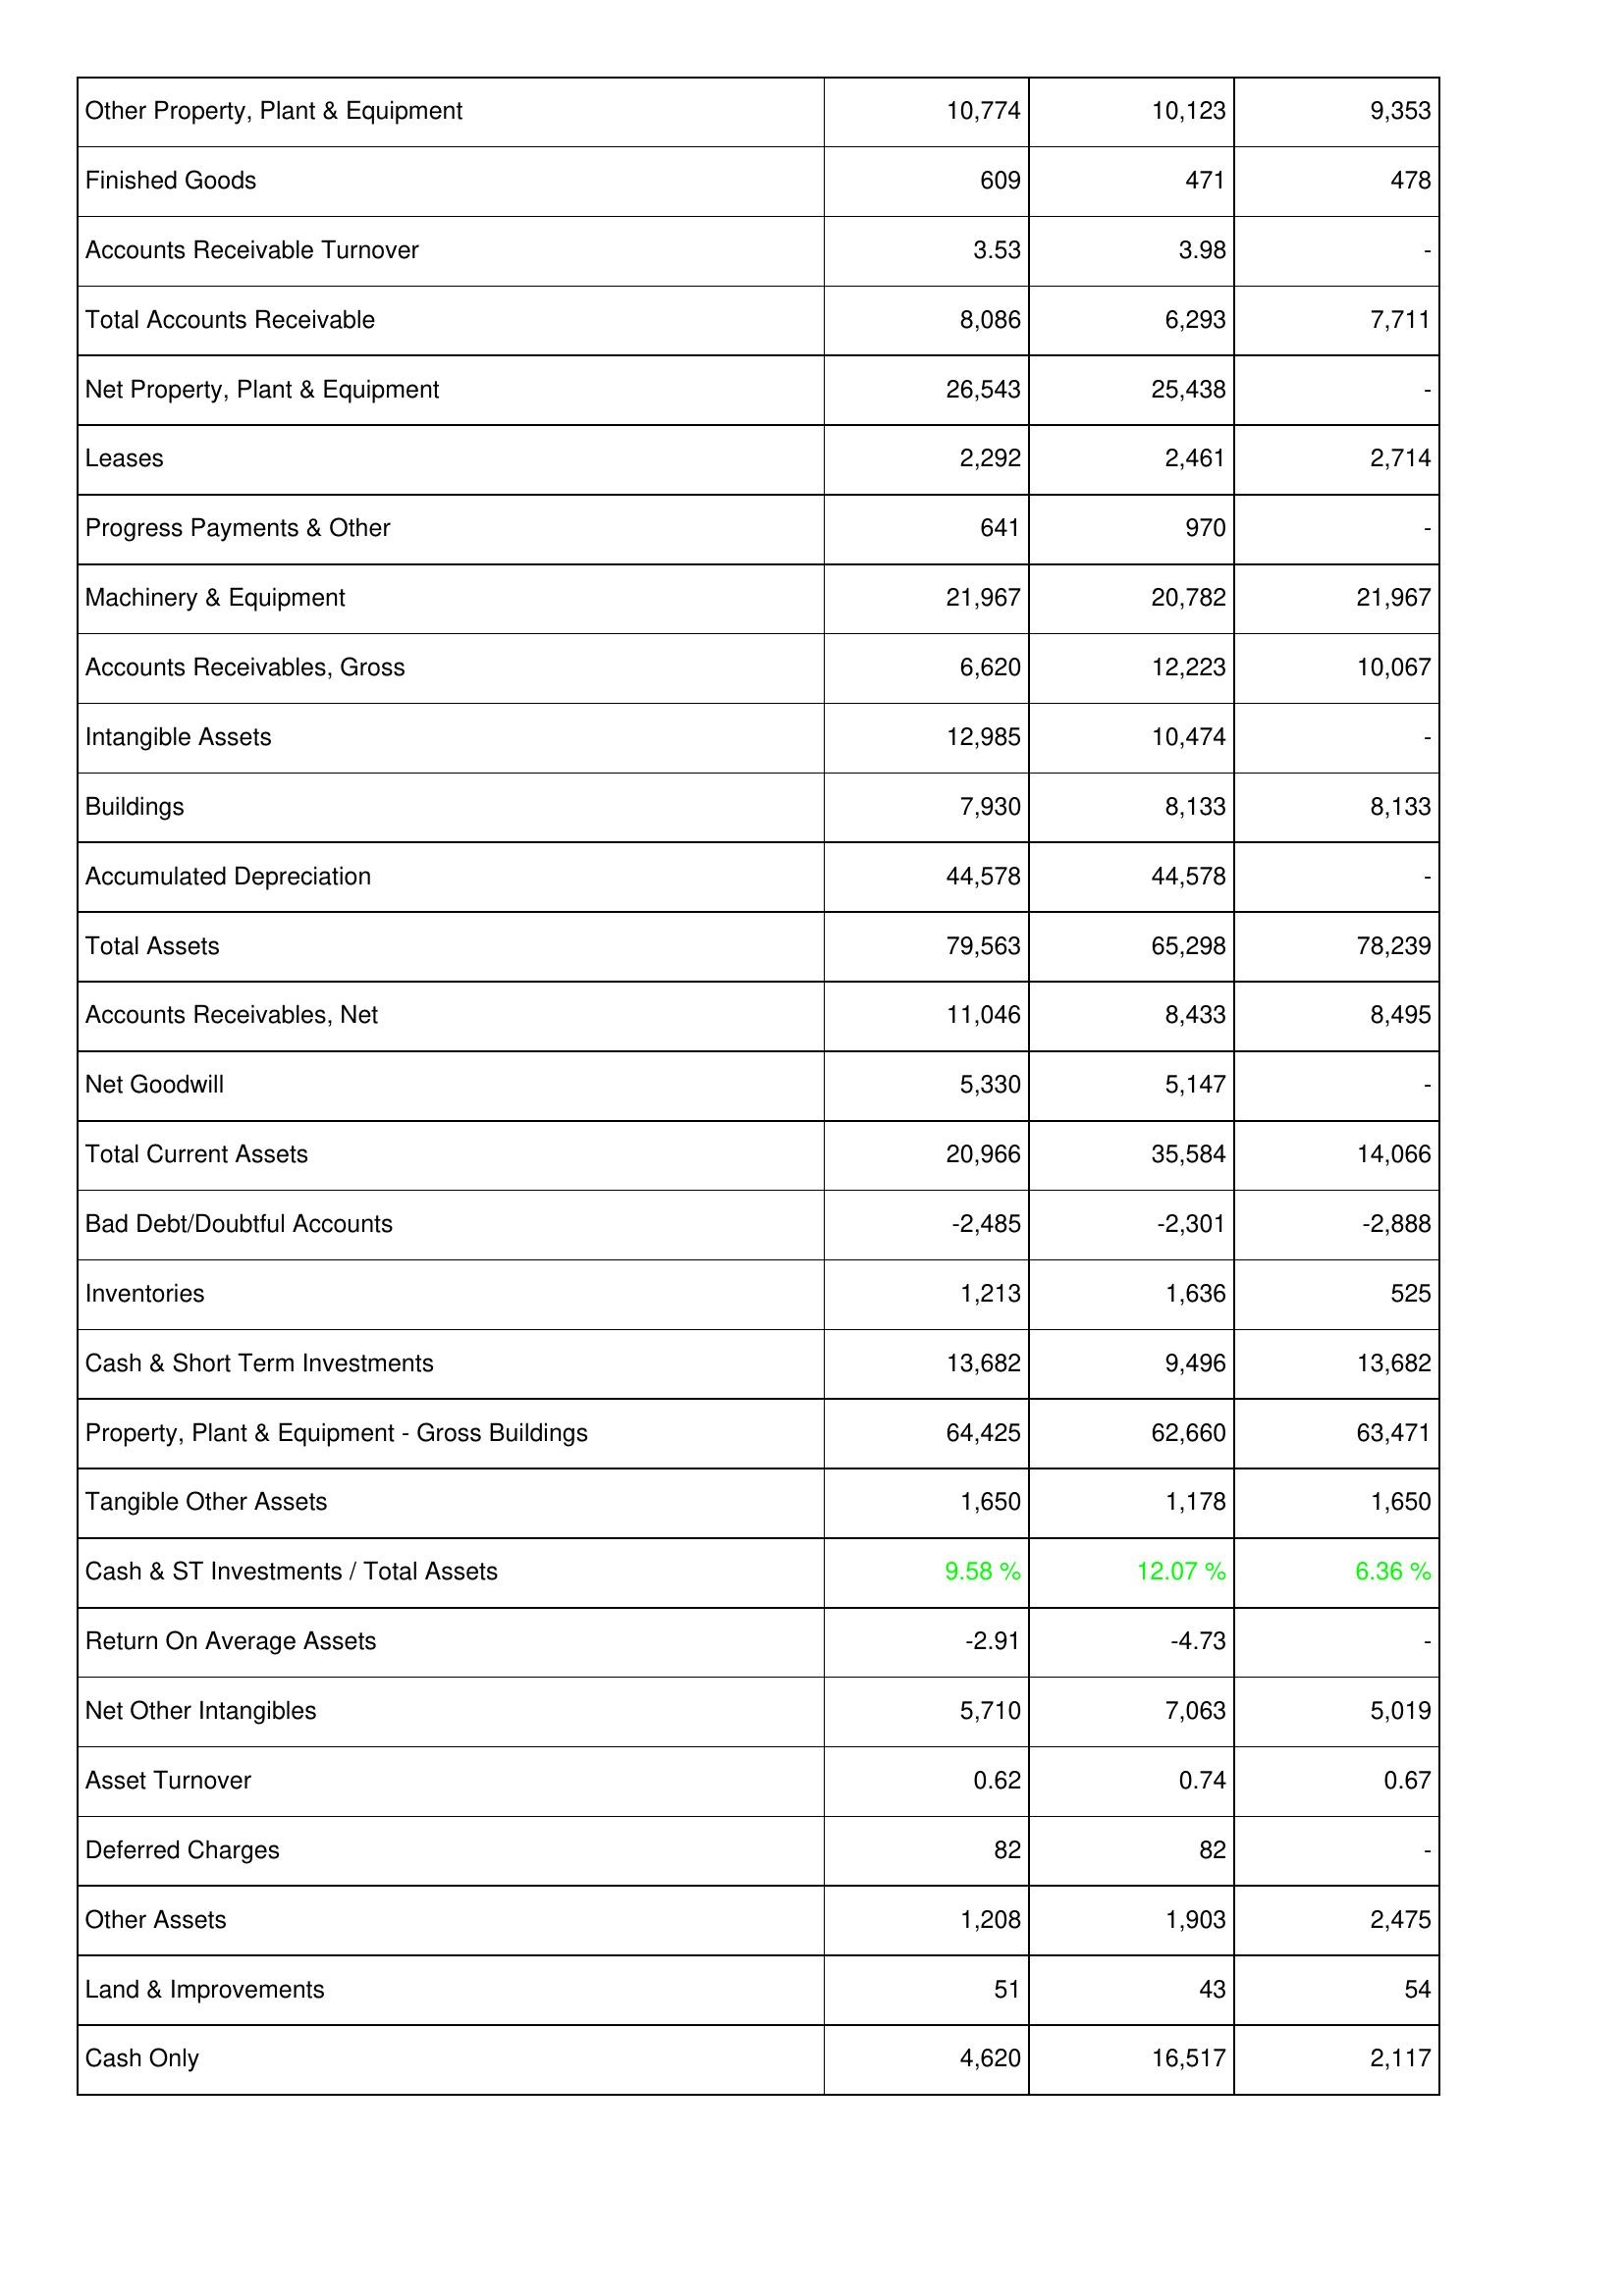
2015: Assets: Other Property, Plant & Equipment: 10,774
Finished Goods: 609
Accounts Receivable Turnover: 3.53
Total Accounts Receivable: 8,086
Net Property, Plant & Equipment: 26,543
Leases: 2,292
Progress Payments & Other: 641
Machinery & Equipment: 21,967
Accounts Receivables, Gross: 6,620
Intangible Assets: 12,985
Buildings: 7,930
Accumulated Depreciation: 44,578
Total Assets: 79,563
Accounts Receivables, Net: 11,046
Net Goodwill: 5,330
Total Current Assets: 20,966
Bad Debt/Doubtful Accounts: -2,485
Inventories: 1,213
Cash & Short Term Investments: 13,682
Property, Plant & Equipment - Gross Buildings: 64,425
Tangible Other Assets: 1,650
Cash & ST Investments / Total Assets: 9.58 %
Return On Average Assets: -2.91
Net Other Intangibles: 5,710
Asset Turnover: 0.62
Deferred Charges: 82
Other Assets: 1,208
Land & Improvements: 51
Cash Only: 4,620
2014: Assets: Other Property, Plant & Equipment: 10,123
Finished Goods: 471
Accounts Receivable Turnover: 3.98
Total Accounts Receivable: 6,293
Net Property, Plant & Equipment: 25,438
Leases: 2,461
Progress Payments & Other: 970
Machinery & Equipment: 20,782
Accounts Receivables, Gross: 12,223
Intangible Assets: 10,474
Buildings: 8,133
Accumulated Depreciation: 44,578
Total Assets: 65,298
Accounts Receivables, Net: 8,433
Net Goodwill: 5,147
Total Current Assets: 35,584
Bad Debt/Doubtful Accounts: -2,301
Inventories: 1,636
Cash & Short Term Investments: 9,496
Property, Plant & Equipment - Gross Buildings: 62,660
Tangible Other Assets: 1,178
Cash & ST Investments / Total Assets: 12.07 %
Return On Average Assets: -4.73
Net Other Intangibles: 7,063
Asset Turnover: 0.74
Deferred Charges: 82
Other Assets: 1,903
Land & Improvements: 43
Cash Only: 16,517
2013: Assets: Other Property, Plant & Equipment: 9,353
Finished Goods: 478
Accounts Receivable Turnover: -
Total Accounts Receivable: 7,711
Net Property, Plant & Equipment: -
Leases: 2,714
Progress Payments & Other: -
Machinery & Equipment: 21,967
Accounts Receivables, Gross: 10,067
Intangible Assets: -
Buildings: 8,133
Accumulated Depreciation: -
Total Assets: 78,239
Accounts Receivables, Net: 8,495
Net Goodwill: -
Total Current Assets: 14,066
Bad Debt/Doubtful Accounts: -2,888
Inventories: 525
Cash & Short Term Investments: 13,682
Property, Plant & Equipment - Gross Buildings: 63,471
Tangible Other Assets: 1,650
Cash & ST Investments / Total Assets: 6.36 %
Return On Average Assets: -
Net Other Intangibles: 5,019
Asset Turnover: 0.67
Deferred Charges: -
Other Assets: 2,475
Land & Improvements: 54
Cash Only: 2,117